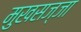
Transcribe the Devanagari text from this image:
मुखसज्जा